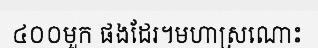
៤០០មួក ផងដែរ។មហាស្រណោះ